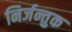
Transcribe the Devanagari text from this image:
निर्जन्तुक